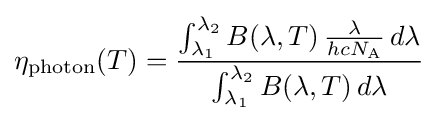
\eta _{\mathrm {photon} }(T)={\frac {\int _{\lambda _{1}}^{\lambda _{2}}B(\lambda ,T)\,{\frac {\lambda }{hcN_{\text{A}}}}\,d\lambda }{\int _{\lambda _{1}}^{\lambda _{2}}B(\lambda ,T)\,d\lambda }}